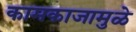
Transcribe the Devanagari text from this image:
कामकाजामुळे